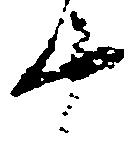
十